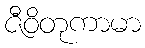
ဇီဝိတုကာမာ